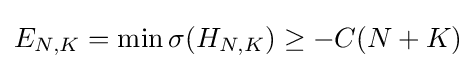
E_{N,K}=\min \sigma (H_{N,K})\geq -C(N+K)